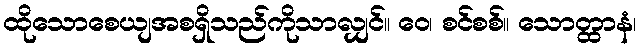
ထိုသောစေယျအစရှိသည်ကိုသာလျှင်။ ဝေ၊ စင်စစ်။ သောတ္ထာနံ၊